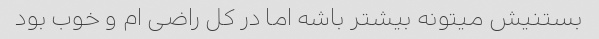
بستنیش میتونه بیشتر باشه اما در کل راضی ام و خوب بود